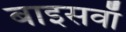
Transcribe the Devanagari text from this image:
बाइसवाँ